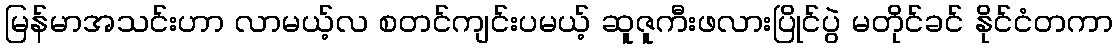
မြန်မာအသင်းဟာ လာမယ့်လ စတင်ကျင်းပမယ့် ဆူဇူကီးဖလားပြိုင်ပွဲ မတိုင်ခင် နိုင်ငံတကာ